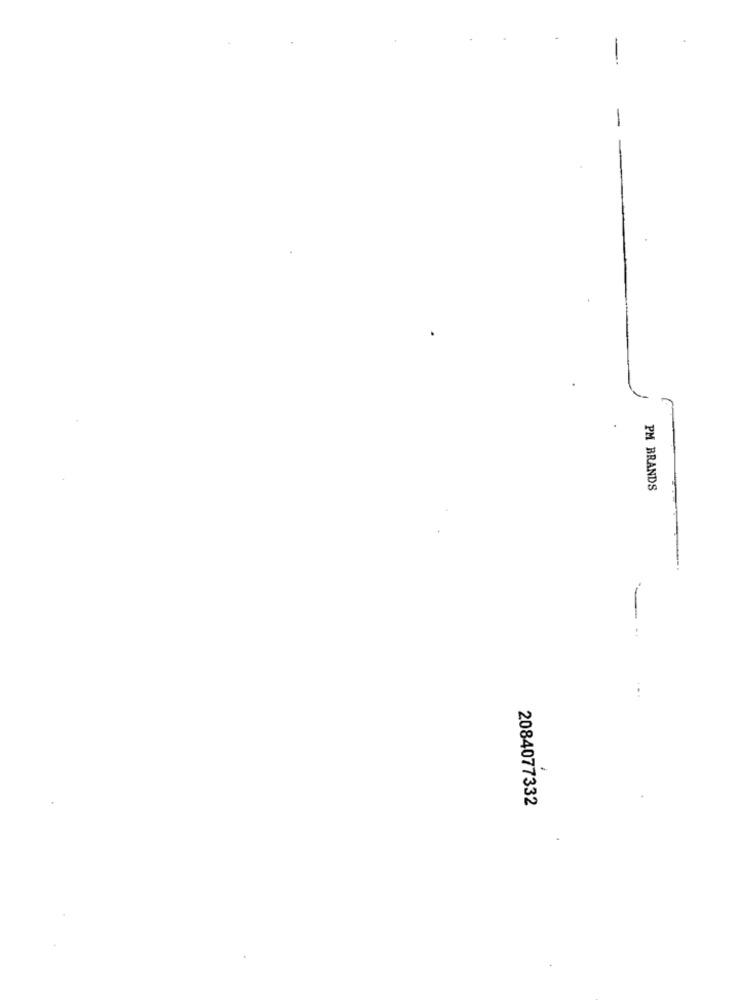
PM BRANDS
.
2084077332